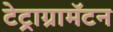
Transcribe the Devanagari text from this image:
टेट्राग्रामॅटन